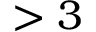
> 3